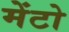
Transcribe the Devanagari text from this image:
मेंटो